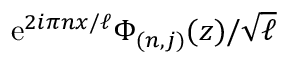
\mathrm { e } ^ { 2 i \pi n x / \ell } \Phi _ { ( n , j ) } ( z ) / \sqrt { \ell }